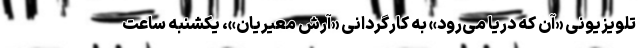
تلویزیونی «آن که دریا می‌رود» به کارگردانی «آرش معیریان»، یکشنبه ساعت